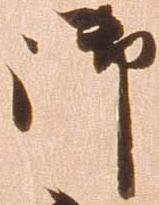
御